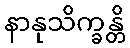
နာနုသိက္ခန္တိ